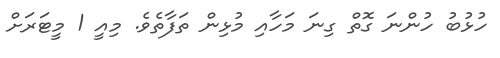
ހުޅުބު ހުންނަ ގޮތް ގިނަ މަހާއި މުޅިން ތަފާތެވެ. މިއީ 1 މީޓަރަށް